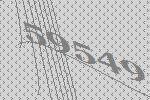
59549